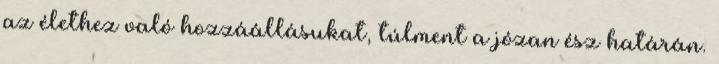
az élethez való hozzáállásukat, túlment a józan ész határán.